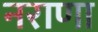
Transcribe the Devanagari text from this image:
नराणा